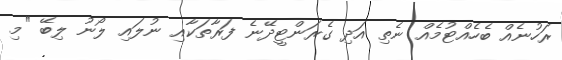
ރަހުނެއް ބެހެއްޓުމެއް ނެތި އަދި ގެރަންޓީދޭނެ ފަރާތަކާއި ނުލައި ލޯނު ލިބޭ "މި